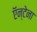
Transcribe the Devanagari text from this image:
ऍन्टेना